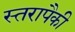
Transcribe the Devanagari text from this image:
स्तरापैकी